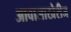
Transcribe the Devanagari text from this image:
आवाजाखेरीज